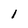
Character: l